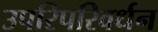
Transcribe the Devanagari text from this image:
उपरिपरिवर्धन